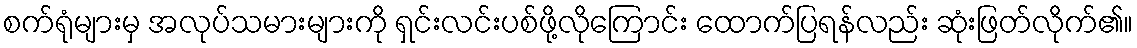
စက်ရုံများမှ အလုပ်သမားများကို ရှင်းလင်းပစ်ဖို့လိုကြောင်း ထောက်ပြရန်လည်း ဆုံးဖြတ်လိုက်၏။